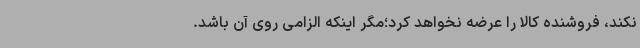
نکند، فروشنده کالا را عرضه نخواهد کرد؛مگر اینکه الزامی روی آن باشد.